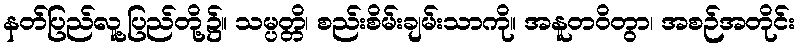
နတ်ပြည်လူ့ပြည်တို့၌။ သမ္ပတ္တိ၊ စည်းစိမ်းချမ်းသာကို။ အနူတဝိတွာ၊ အစဉ်အတိုင်း